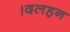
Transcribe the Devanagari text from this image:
।दलहन